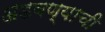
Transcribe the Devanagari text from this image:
अडवण्याची